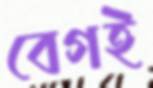
বেগই